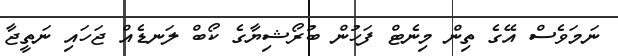
ނަމަވެސް އޭގެ ތިން މިނެޓް ފަހުން ބުރޯޝިޔާގެ ކޯބް ލަނޑެއް ޖަހައި ނަތީޖާ